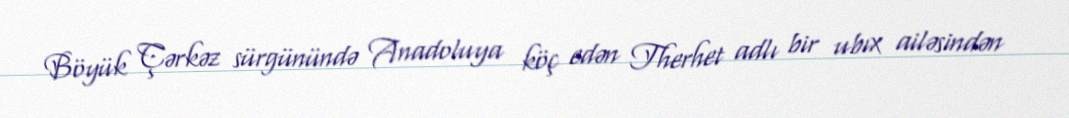
Böyük Çərkəz sürgünündə Anadoluya köç edən Therhet adlı bir ubıx ailəsindən